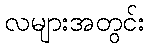
လများအတွင်း